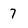
Character: 7